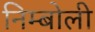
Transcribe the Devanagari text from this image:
निम्‍बोली